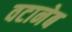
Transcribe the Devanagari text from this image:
वटानेब